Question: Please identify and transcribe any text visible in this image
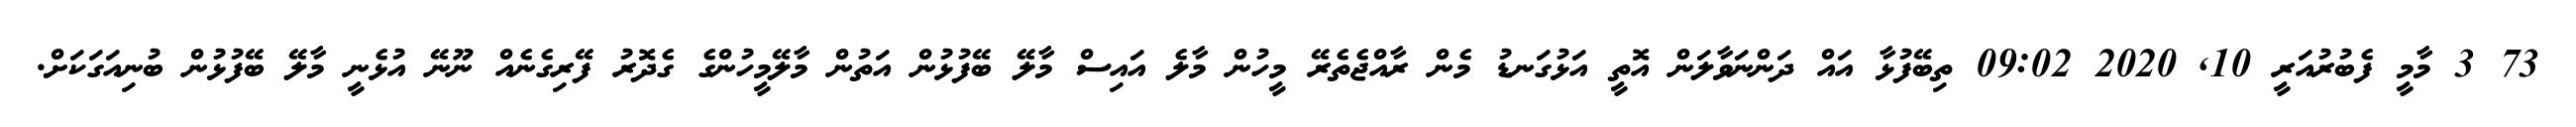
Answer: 73 3 މާމީ ފެބުރުއަރީ 10, 2020 09:02 ތިބޭފުޅާ އައް ދަންނަވާލަން އޮތީ އަޅުގަނޑު މެން ރާއްޖެތެރޭ މީހުން މާލެ އައިސް މާލޭ ބޭފުޅުން އަތުން މާލޭމީހުންގެ ގެދޮރު ފޭރިގެނެއް ނޫނޭ އުޅެނީ މާލޭ ބޭފުޅުން ބުނިއަގަކަށް.